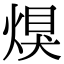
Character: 𤋀